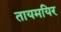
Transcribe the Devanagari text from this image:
तायमयिर